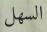
السھل